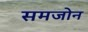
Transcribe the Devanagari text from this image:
समजोन